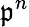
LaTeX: \mathfrak{p}^{n}